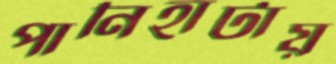
পানিহাটায়